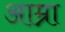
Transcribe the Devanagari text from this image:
आम्रा